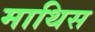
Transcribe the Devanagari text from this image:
माथिस